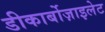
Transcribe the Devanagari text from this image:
डीकार्बोज़ाइलेट